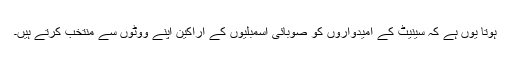
ہوتا یوں ہے کہ سینیٹ کے امیدواروں کو صوبائی اسمبلیوں کے اراکین اپنے ووٹوں سے منتخب کرتے ہیں۔